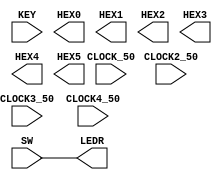

//=======================================================
//  This code is generated by Terasic System Builder
//=======================================================

module HW13(

	//////////// CLOCK //////////
	input 		          		CLOCK2_50,
	input 		          		CLOCK3_50,
	input 		          		CLOCK4_50,
	input 		          		CLOCK_50,

	//////////// KEY //////////
	input 		     [3:0]		KEY,

	//////////// SW //////////
	input 		     [9:0]		SW,

	//////////// LED //////////
	output		     [9:0]		LEDR,

	//////////// Seg7 //////////
	output		     [6:0]		HEX0,
	output		     [6:0]		HEX1,
	output		     [6:0]		HEX2,
	output		     [6:0]		HEX3,
	output		     [6:0]		HEX4,
	output		     [6:0]		HEX5
);



//=======================================================
//  REG/WIRE declarations
//=======================================================

assign LEDR[9:0] = SW[9:0];


//=======================================================
//  Structural coding
//=======================================================



endmodule